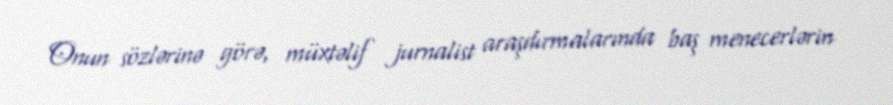
Onun sözlərinə görə, müxtəlif jurnalist araşdırmalarında baş menecerlərin